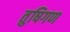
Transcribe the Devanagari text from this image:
तुषिगण